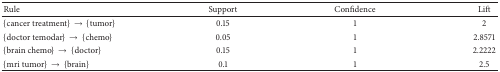
| Rule | Support | Confidence | Lift |
 | --- | --- | --- | --- |
 | {cancer treatment} → {tumor} | 0.15 | 1 | 2 |
 | {doctor temodar} → {chemo} | 0.05 | 1 | 2.8571 |
 | {brain chemo} → {doctor} | 0.15 | 1 | 2.2222 |
 | {mri tumor} → {brain} | 0.1 | 1 | 2.5 |